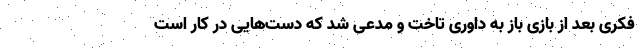
فکری بعد از بازی باز به داوری تاخت و مدعی شد که دست‌هایی در کار است